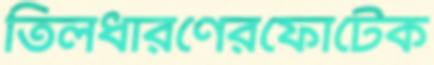
তিলধারণেরফোটেক